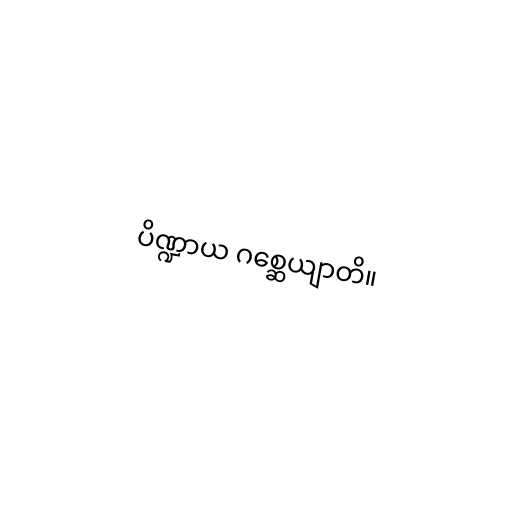
ပိဏ္ဍာယ ဂစ္ဆေယျာတိ။